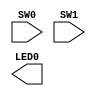
module Task1(SW0, SW1, LED0);
	input SW0, SW1;
	output LED0;
	and(SW0, SW1, LED0);
endmodule